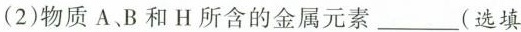
(2)物质A、B和 H 所含的金属元素___(选填